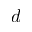
d